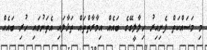
މި މަސައްކަތް ފެށިއިރު ހިލާލީގޭގެ ބައެއް އިމާރާތްތައް ތަޅާލައި އެތަނުގައި ހުރި ބައެއް